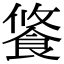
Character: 𩛢